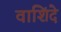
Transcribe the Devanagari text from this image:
वाशिंदे